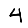
Digit: 4